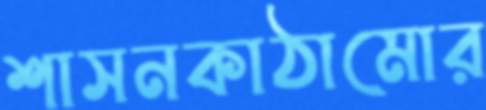
শাসনকাঠামোর